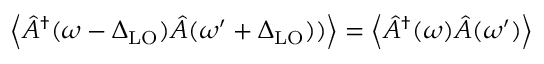
\left\langle \hat { A } ^ { \dagger } ( \omega - \Delta _ { \mathrm { L O } } ) \hat { A } ( \omega ^ { \prime } + \Delta _ { \mathrm { L O } } ) ) \right\rangle = \left\langle \hat { A } ^ { \dagger } ( \omega ) \hat { A } ( \omega ^ { \prime } ) \right\rangle